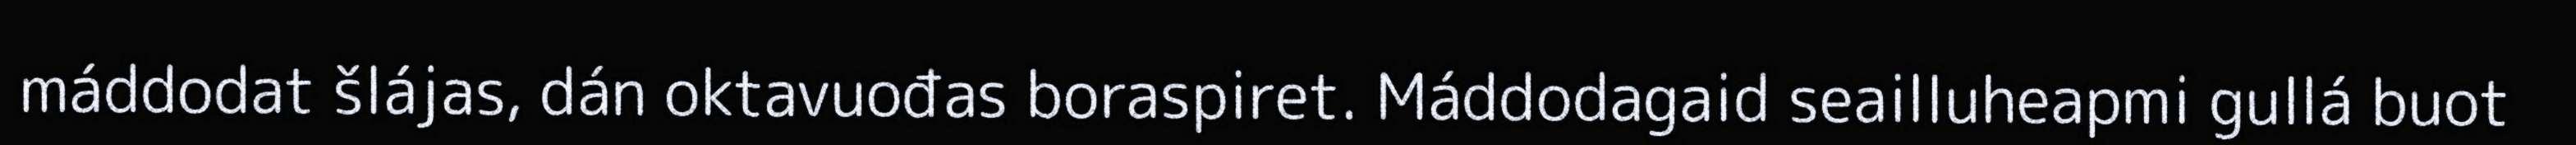
máddodat šlájas, dán oktavuođas boraspiret. Máddodagaid seailluheapmi gullá buot